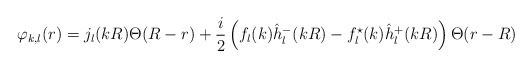
\begin{align*}\varphi_{k,l}(r)= j_l(kR)\Theta (R-r)+\frac i2\left(f_l(k)\hat h^-_l(kR)-f^{\star}_l(k)\hat h^+_l(kR)\right)\Theta (r-R)\end{align*}